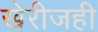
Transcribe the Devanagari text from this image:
खेरीजही